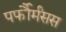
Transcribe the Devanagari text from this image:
पर्फौर्मंसस